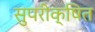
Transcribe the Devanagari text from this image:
सुपरीक्षित